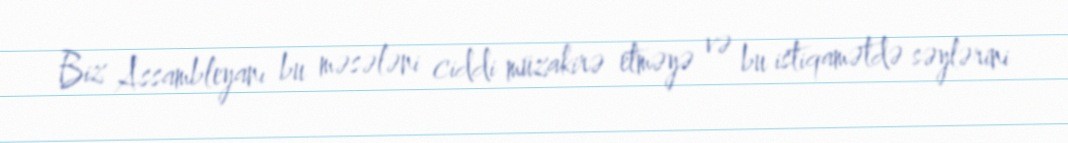
Biz Assambleyanı bu məsələni ciddi müzakirə etməyə və bu istiqamətdə səylərini